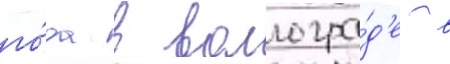
го́да в волгогра́д'е в